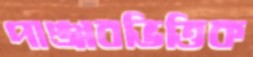
পাঞ্জাবভিত্তিক